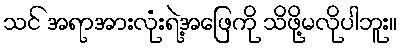
သင် အရာအားလုံးရဲ့အဖြေကို သိဖို့မလိုပါဘူး။